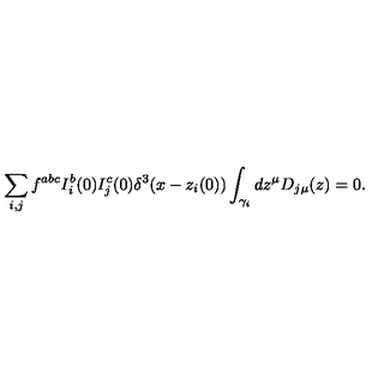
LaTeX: \sum _ { i , j } f ^ { a b c } I _ { i } ^ { b } ( 0 ) I _ { j } ^ { c } ( 0 ) \delta ^ { 3 } ( x - z _ { i } ( 0 ) ) \int _ { \gamma _ { i } } d z ^ { \mu } D _ { j \mu } ( z ) = 0 .